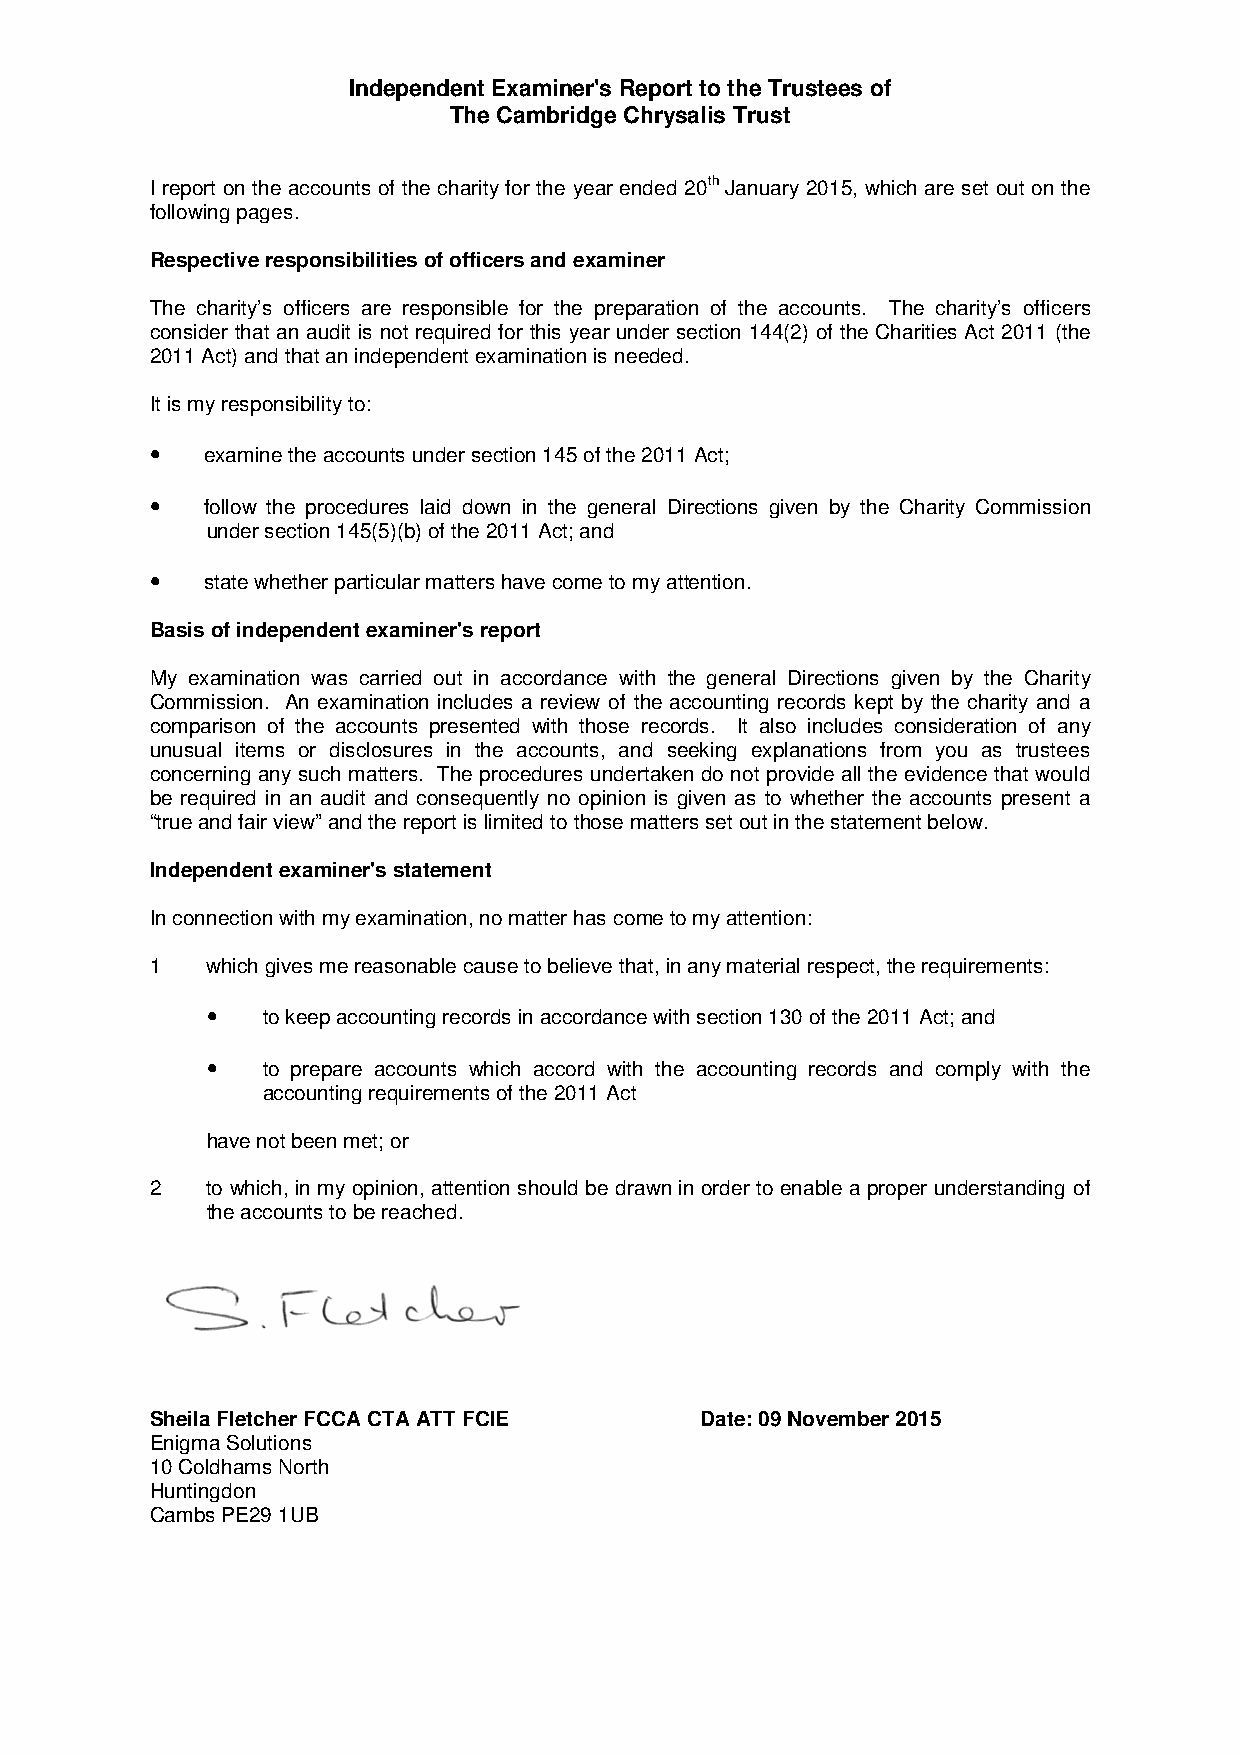
Independent Examiner's Report to the Trustees of
 The Cambridge Chrysalis Trust
 I report on the accounts of the charity for the year ended 20th January 2015, which are set out on the
 following pages.
 Respective responsibilities of officers and examiner
 The charity’s officers are responsible for the preparation of the accounts. The charity’s officers
 consider that an audit is not required for this year under section 144(2) of the Charities Act 2011 (the
 2011 Act) and that an independent examination is needed.
 It is my responsibility to:
 •
 examine the accounts under section 145 of the 2011 Act;
 •
 follow the procedures laid down in the general Directions given by the Charity Commission
 under section 145(5)(b) of the 2011 Act; and
 •
 state whether particular matters have come to my attention.
 Basis of independent examiner's report
 My examination was carried out in accordance with the general Directions given by the Charity
 Commission. An examination includes a review of the accounting records kept by the charity and a
 comparison of the accounts presented with those records. It also includes consideration of any
 unusual items or disclosures in the accounts, and seeking explanations from you as trustees
 concerning any such matters. The procedures undertaken do not provide all the evidence that would
 be required in an audit and consequently no opinion is given as to whether the accounts present a
 “true and fair view” and the report is limited to those matters set out in the statement below.
 Independent examiner's statement
 In connection with my examination, no matter has come to my attention:
 1   which gives me reasonable cause to believe that, in any material respect, the requirements:
 •
 to keep accounting records in accordance with section 130 of the 2011 Act; and
 •
 to prepare accounts which accord with the accounting records and comply with the
 accounting requirements of the 2011 Act
 have not been met; or
 2   to which, in my opinion, attention should be drawn in order to enable a proper understanding of
 the accounts to be reached.
 Sheila Fletcher FCCA CTA ATT FCIE   Date: 09 November 2015
 Enigma Solutions
 10 Coldhams North
 Huntingdon
 Cambs PE29 1UB